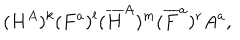
( H ^ { A } ) ^ { k } ( F ^ { a } ) ^ { l } ( { \overline { { H } } } ^ { A } ) ^ { m } ( { \overline { { F } } } ^ { a } ) ^ { r } A ^ { a } ,